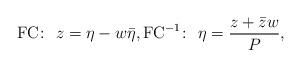
LaTeX: \begin{gather*}{\rm FC}\colon \ z=\eta-w\bar{\eta},{\rm FC}^{-1}\colon \ \eta=\frac{z+\bar{z}w}{P},\end{gather*}